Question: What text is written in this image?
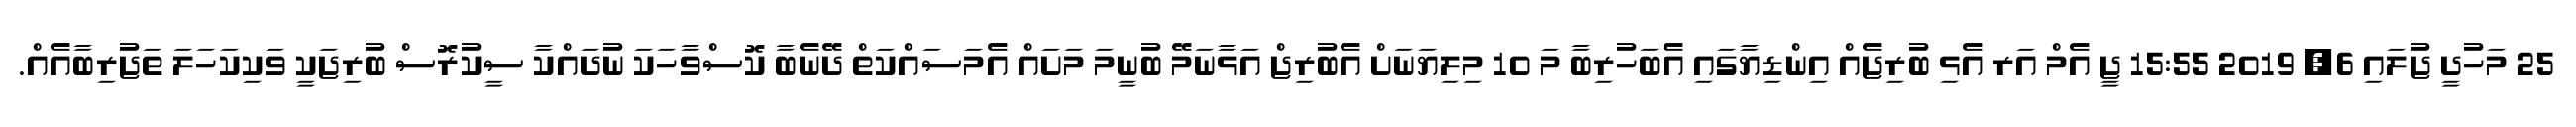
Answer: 25 މަހުދީ ޖުލައި 6, 2019 15:55 ޖީ އެމް އަރ އެޅި ބުރިޖެއް އިންޑިޔާގައި އެބަހުރިބާ މަ 10 މިލިޔަނަށް އެބުރިޖް އަޅާނަމޭ ބުނީމަ މަށައް އެމަސައްކަތް ދޭނެބާ ކޮސްވާހަކަ ނުދައްކާ ސީކުރޮސް ބުރިޖަކީ ވަކިކަހަލަ ތަޖުރިބާއެއް.